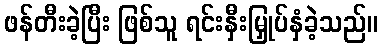
ဖန်တီးခဲ့ပြီး ဖြစ်သူ ရင်းနှီးမြှုပ်နှံခဲ့သည်။